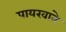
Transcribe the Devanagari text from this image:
पायखाने